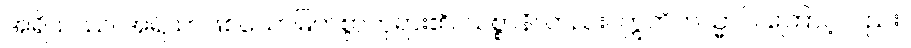
အရိယဿ၊ အရိယာဖြစ်သောမြတ်စွာဘုရား၏။ သစ္စာနိ၊ တည်း။ ဣတိတသ္မာပိ၊ ကြောင့်လည်း။